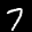
Label: 7